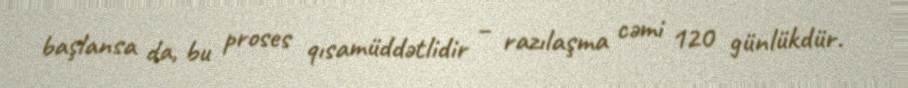
başlansa da, bu proses qısamüddətlidir – razılaşma cəmi 120 günlükdür.